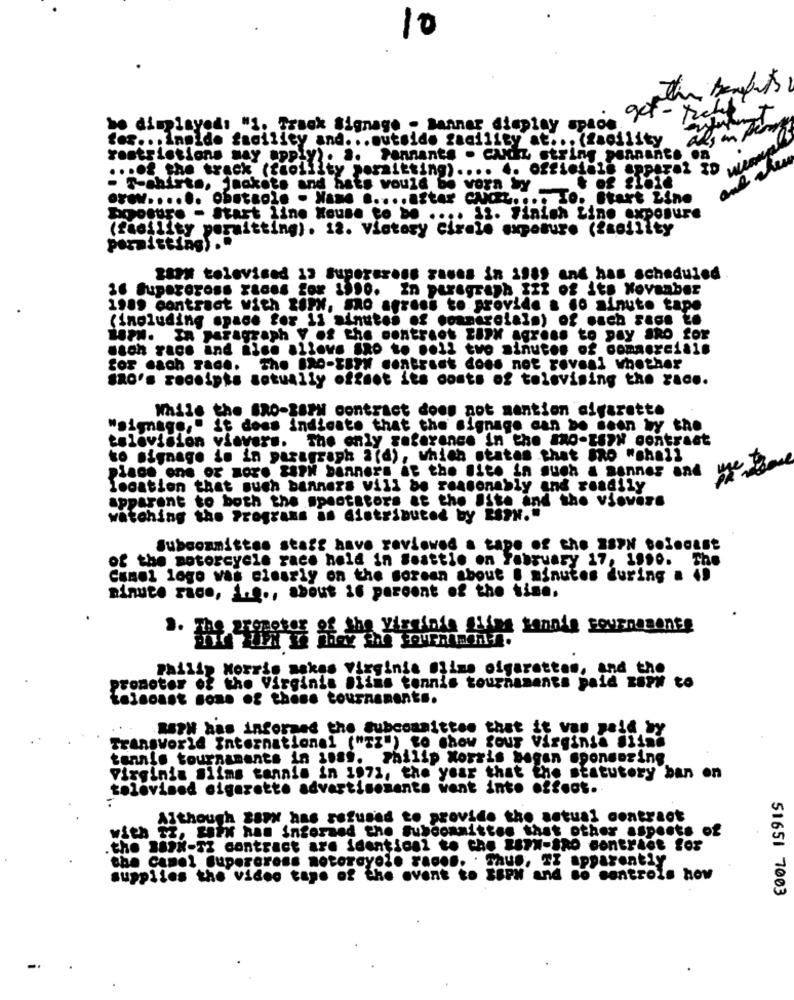
10
be displayeds "1. Track Signage - Banner display space.
for ... innide facility and ... outside facility at ... (facility
restrictions may apply). a. Fannants . cudz string pennant. on
.. of the track (faoility permitting) .... .. Officials apparel ID
. T-shirts, Jackets and hats would be worn by . of gleid
orew ...... Obatale . Name ..... ažtar CAMEL .... TO. Start Line
bromure - Start line Mouse to be .... 12. Finish Line exposure
(facility permitting). 12. Victory Cirale exposure (facility
pitting) ..
zam televised 13 Supercross gases in 1989 and has scheduled
16 Supercross races for 1 .... In paragraph Izz of its Kovaaber
1989 contract with toPh, o agrees to. provide a co sinuto tape
(Including space for 11 minutes of commercials) of each race to
W8PM. In paragraph y of the contract tall agress to pay aRo for
sach race and mine allows SRO to .oll two minutes of commercial.
for each race.
The BRO-tsFN contrast does not revesi whether
SRO's receipts setually offmot its costs of televising the race.
While the BRO-BSPW contract does not mention aigaretto
"signage," it does indicate that the signage can be seen by the
television viavers. The only reference in the mo-tony contrast
to signage io in paragraph 2(d), which states that #Ro "shall
place one or more SIPM banners it the lite in such a Banner and wy
location that much banners vill be reasonably and readily
apparent to both the spectators at the Site and the vinvene
watching the Programs is distributed by ESPN."
Subcommittee stars have reviewed a tape of the 28PN boleoist
of the motorcycle race hold in Seattle on February 17, 1 .... The
Camel logo was clearly on the morean about @ minutos during a 49
minute raco, 1 ..., about 16 percent of the time.
of the virginie aling tennis tournamente
Philip Morris makes Virginia Oline olgaretten, and the
promoter of the Virginis alims tennis tournaments paid ROPH to
tolsonst sone of thèse tournaments.
RAPH has inforand the subcommittee that it was paid by
Transworld International ("TZ") to show four Virginia Siind
tennis tournaments in yoss. Philip Morris bogen sponsoring
Virginia slims conais in 1971, the year that the statutory ban on
televised cigarette advertisements went into effect.
Although z8PX has refused to provide the actual contract
with To, soit hat interned the Subcommittee that other aspects of
the B89X-TZ contract are identical to che ****-* Ro contract for
the Camel Supercross motorayol. races. . Thus, TX apparently
supplies the video tape of the event to ESPN and so sentrois how
51651 7003